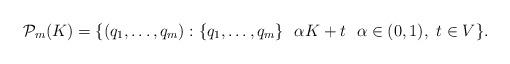
LaTeX: \begin{align*}\mathcal P_m(K) = \{(q_1,\ldots, q_m) : \{q_1,\ldots, q_m\} \ \ \alpha K+t\ \ \alpha\in (0,1),\ t\in V \}.\end{align*}